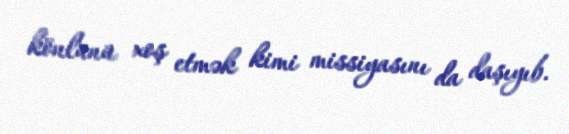
könlünü xoş etmək kimi missiyasını da daşıyıb.